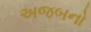
અજબનો